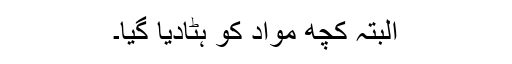
البتہ کچھ مواد کو ہٹادیا گیا۔